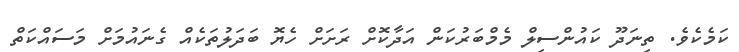
ކަމެކެވެ. ތިނަދޫ ކައުންސިލް މެމްބަރުކަން އަދާކޮށް ރަށަށް ހެޔޮ ބަދަލުތަކެއް ގެނައުމަށް މަސައްކަތް